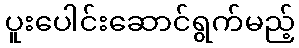
ပူးပေါင်းဆောင်ရွက်မည့်